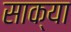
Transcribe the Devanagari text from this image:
साक्या